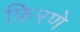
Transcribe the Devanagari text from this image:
फ़िरणे